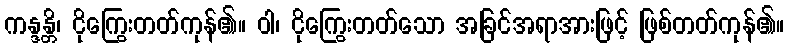
ကန္ဒန္တိ၊ ငိုကြွေးတတ်ကုန်၏။ ဝါ၊ ငိုကြွေးတတ်သော အခြင်အရာအားဖြင့် ဖြစ်တတ်ကုန်၏။